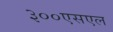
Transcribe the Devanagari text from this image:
३००एसएल